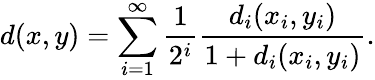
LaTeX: d(x,y)=\sum_{i=1}^{\infty}{\frac{1}{2^{i}}}{\frac{d_{i}(x_{i},y_{i})}{1+d_{i}(x_{i},y_{i})}}.